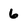
Character: 6